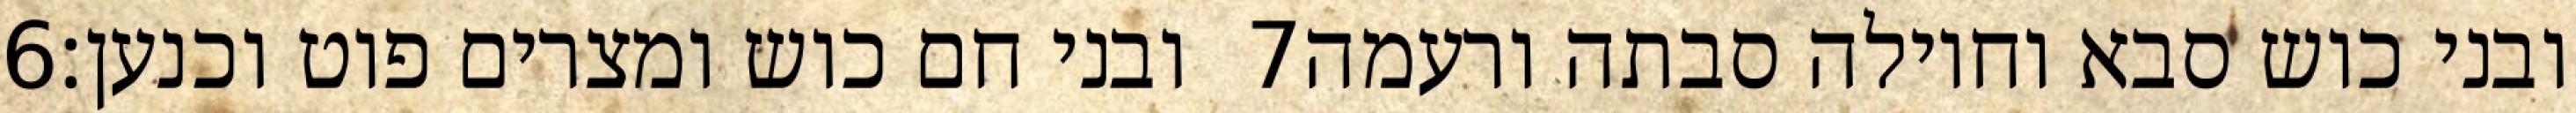
‎6‏ ובני חם כוש ומצרים פוט וכנען׃ ‎7‏ ובני כוש סבא וחוילה סבתה ורעמה